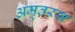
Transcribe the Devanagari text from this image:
अमृतरस